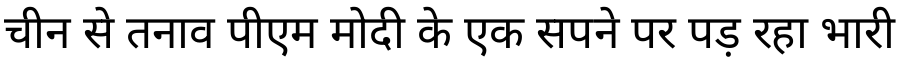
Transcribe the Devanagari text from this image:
चीन से तनाव पीएम मोदी के एक सपने पर पड़ रहा भारी